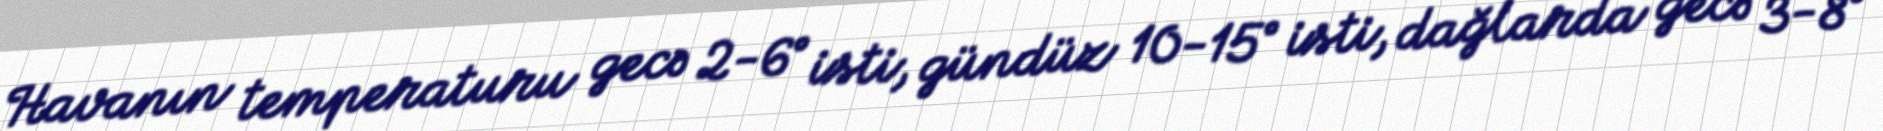
Havanın temperaturu gecə 2-6° isti, gündüz 10-15° isti, dağlarda gecə 3-8°